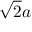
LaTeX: { \sqrt { 2 } } a